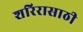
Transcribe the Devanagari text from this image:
शरिरासाठी